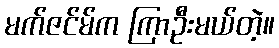
မက်ဇင်မ်က ကြာဦးမယ်တဲ့။